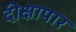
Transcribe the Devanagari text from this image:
दीक्षापार